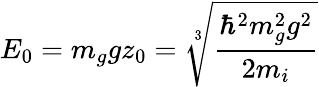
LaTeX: E_{0}=m_{g}gz_{0}=\sqrt[3]{\frac{\hbar^{2}m_{g}^{2}g^{2}}{2m_{i}}}